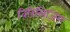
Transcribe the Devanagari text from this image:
विरिलिज़िंग